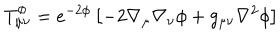
T _ { \mu \nu } ^ { \phi } = e ^ { - 2 \phi } \left[ - 2 \nabla _ { \mu } \nabla _ { \nu } \phi + g _ { \mu \nu } \nabla ^ { 2 } \phi \right]